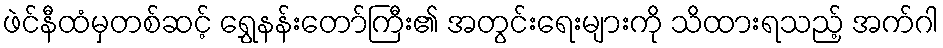
ဖဲင်နီထံမှတစ်ဆင့် ရွှေနန်းတော်ကြီး၏ အတွင်းရေးများကို သိထားရသည့် အက်ဂါ